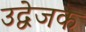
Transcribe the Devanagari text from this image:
उद्वेजक